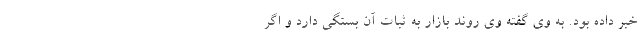
خبر داده بود. به وی گفته وی روند بازار به ثبات آن بستگی دارد و اگر